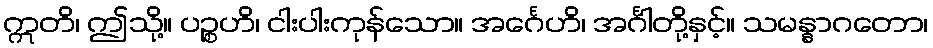
ဣတိ၊ ဤသို့။ ပဉ္စဟိ၊ ငါးပါးကုန်သော။ အင်္ဂေဟိ၊ အင်္ဂါတို့နှင့်။ သမန္နာဂတော၊